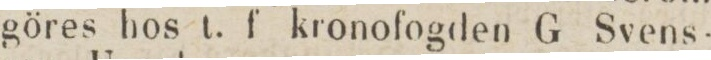
göres hos t. f kronofogden G Svens-